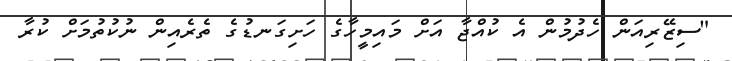
"ސިޒޭރިއަން ހެދުމުން އެ ކުއްޖާ އަށް މައިމީހާގެ ހަށިގަނޑުގެ ތެރެއިން ނުކުތުމަށް ކުރާ